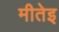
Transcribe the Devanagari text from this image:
मीतेइ